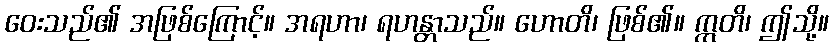
ဝေးသည်၏ အဖြစ်ကြောင့်။ အရဟာ၊ ရဟန္တာသည်။ ဟောတိ၊ ဖြစ်၏။ ဣတိ၊ ဤသို့။